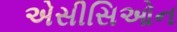
એસીસિઓન